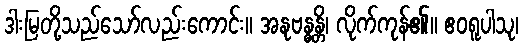
ဒါးမြတို့သည်သော်လည်းကောင်း။ အနုဗန္ဓန္တိ၊ လိုက်ကုန်၏။ ဧဝရူပါသု၊